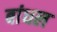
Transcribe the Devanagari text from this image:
बांधल